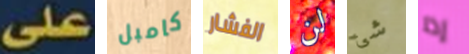
على كامبل الفشار لن شئ إذا